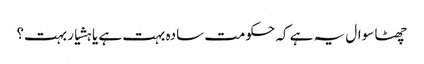
چھٹا سوال یہ ہے کہ حکومت سادہ بہت ہے یا ہشیار بہت؟